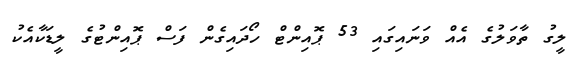
ލީގު ތާވަލުގެ އެއް ވަނައިގައި 53 ޕޮއިންޓް ހޯދައިގެން ފަސް ޕޮއިންޓުގެ ލީޑަކާއެކު